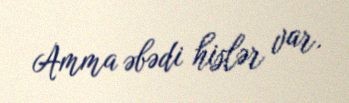
Amma əbədi hislər var.